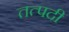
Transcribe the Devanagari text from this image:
तत्पदी